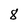
Character: 8